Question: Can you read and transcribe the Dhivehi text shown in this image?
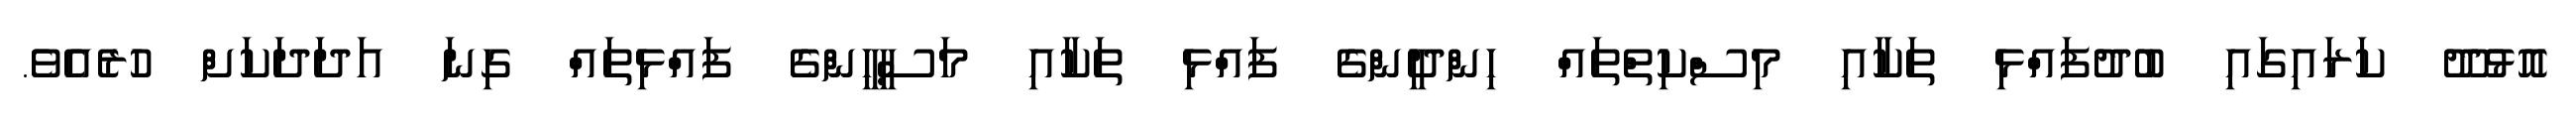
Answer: އޮޅުދޫ ކަރައިގައި ބުދުފައްޅި ތަކާއި މިސްކިތްތައް ހިންދީންގެ ފައްޅި ތަކާއި މަސީޙީންގެ ފައްޅިތައް ގިނަ އަދަދަކަށް ހުރެއެވެ.